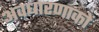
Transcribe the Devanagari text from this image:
अवधारणाकों